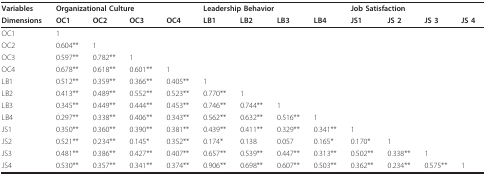
| Variables | <COLSPAN=4> Organizational Culture | <COLSPAN=4> Leadership Behavior | <COLSPAN=4> Job Satisfaction |
 | Dimensions | OC1 | OC2 | OC3 | OC4 | LB1 | LB2 | LB3 | LB4 | JS1 | JS 2 | JS 3 | JS 4 |
 | --- | --- | --- | --- | --- | --- | --- | --- | --- | --- | --- | --- | --- |
 | OC1 | 1 |  |  |  |  |  |  |  |  |  |  |  |
 | OC2 | 0.604** | 1 |  |  |  |  |  |  |  |  |  |  |
 | OC3 | 0.597** | 0.782** | 1 |  |  |  |  |  |  |  |  |  |
 | OC4 | 0.678** | 0.618** | 0.601** | 1 |  |  |  |  |  |  |  |  |
 | LB1 | 0.512** | 0.359** | 0.366** | 0.405** | 1 |  |  |  |  |  |  |  |
 | LB2 | 0.413** | 0.489** | 0.552** | 0.523** | 0.770** | 1 |  |  |  |  |  |  |
 | LB3 | 0.345** | 0.449** | 0.444** | 0.453** | 0.746** | 0.744** | 1 |  |  |  |  |  |
 | LB4 | 0.297** | 0.338** | 0.406** | 0.343** | 0.562** | 0.632** | 0.516** | 1 |  |  |  |  |
 | JS1 | 0.350** | 0.360** | 0.390** | 0.381** | 0.439** | 0.411** | 0.329** | 0.341** | 1 |  |  |  |
 | JS2 | 0.521** | 0.234** | 0.145* | 0.352** | 0.174* | 0.138 | 0.057 | 0.165* | 0.170* | 1 |  |  |
 | JS3 | 0.481** | 0.386** | 0.427** | 0.407** | 0.657** | 0.539** | 0.447** | 0.313** | 0.502** | 0.338** | 1 |  |
 | JS4 | 0.530** | 0.357** | 0.341** | 0.374** | 0.906** | 0.698** | 0.607** | 0.503** | 0.362** | 0.234** | 0.575** | 1 |